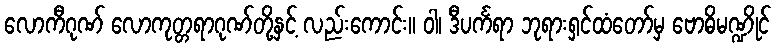
လောကီဂုဏ် လောကုတ္တရာဂုဏ်တို့နှင့် လည်းကောင်း။ ဝါ၊ ဒီပင်္ကရာ ဘုရားရှင်ထံတော်မှ ဗောဓိမဏ္ဍိုင်